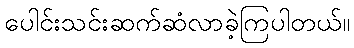
ပေါင်းသင်းဆက်ဆံလာခဲ့ကြပါတယ်။